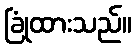
ခြုံထားသည်။